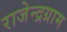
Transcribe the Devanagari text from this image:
राजेन्द्रग्राम